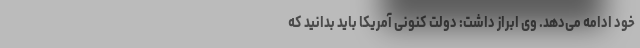
خود ادامه می‌دهد. وی ابراز داشت: دولت کنونی آمریکا باید بدانید که